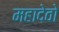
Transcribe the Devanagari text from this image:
महादेवो